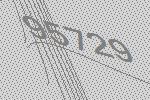
95729